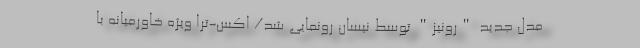
مدل جدید "رونیز" توسط نیسان رونمایی شد/ اکس-ترا ویژه خاورمیانه با